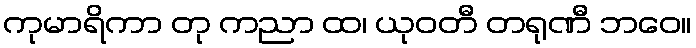
ကုမာရိကာ တု ကညာ ထ၊ ယုဝတီ တရုဏီ ဘဝေ။